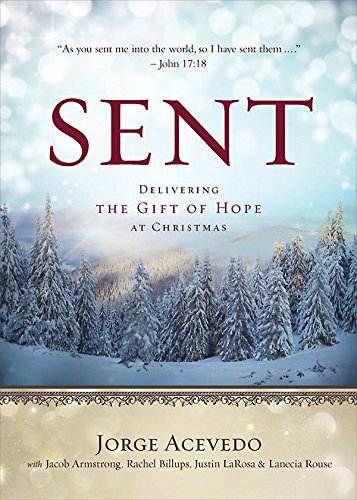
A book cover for Sent: Delivering the Gift of Hope at Christmas (Sent Advent series); Jorge Acevedo; Christian Books & Bibles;